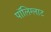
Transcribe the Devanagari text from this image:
पॉलिग्लाट